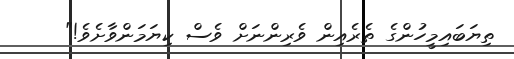
ތިޔަބައިމީހުންގެ ތެރެއިން ވެރިންނަށް ވެސް ކިޔަމަންވާށެވެ!"